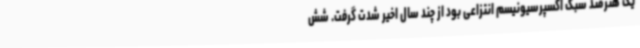
یک هنرمند سبک اکسپرسیونیسم انتزاعی بود از چند سال اخیر شدت گرفت. شش